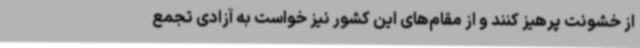
از خشونت پرهیز کنند و از مقام‌های این کشور نیز خواست به آزادی تجمع